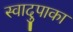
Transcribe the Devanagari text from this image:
स्वादुपाका